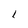
Character: 1